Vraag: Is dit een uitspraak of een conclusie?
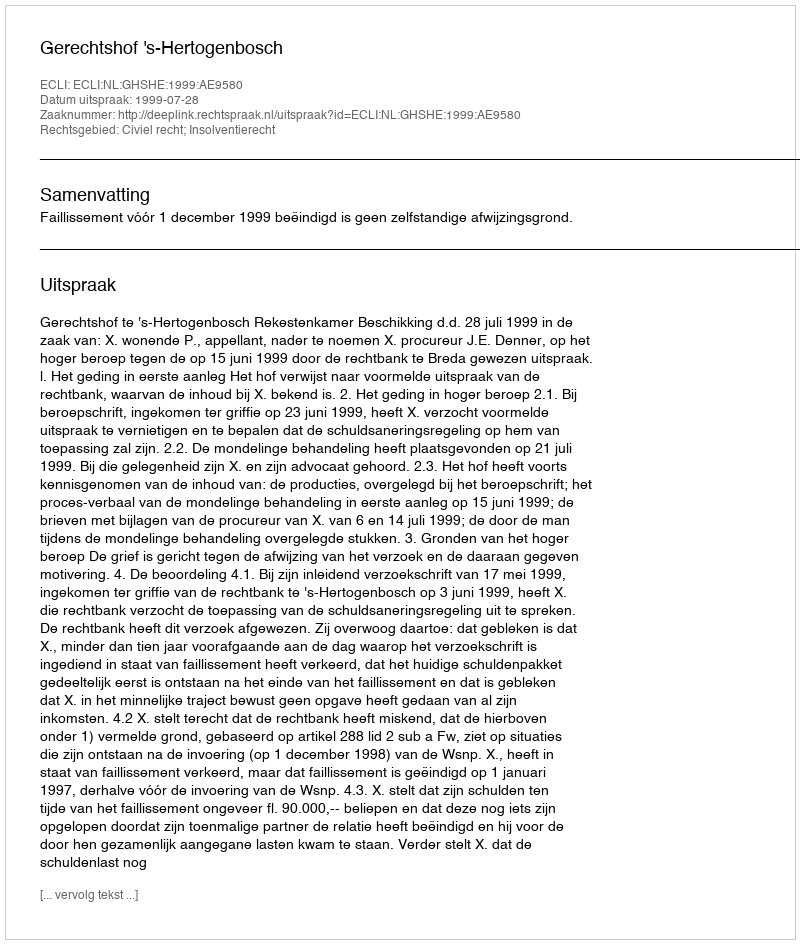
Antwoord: Uitspraak